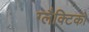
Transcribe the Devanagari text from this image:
ग्‍लैक्टिको